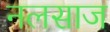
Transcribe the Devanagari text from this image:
नलसाज